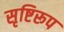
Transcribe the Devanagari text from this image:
सृष्टिरूप